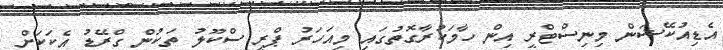
އެޑިއުކޭޝަން މިނިސްޓްރީ އިން ހާމަކުރާގޮތުގައި މިއަހަރު ޕްރީ ސްކޫލު ތަކުން ގްރޭޑު އެކަކަށް